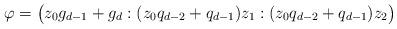
LaTeX: \begin{align*}\varphi=\big(z_0g_{d-1}+g_d:(z_0q_{d-2}+q_{d-1})z_1:(z_0q_{d-2}+q_{d-1})z_2\big)\end{align*}